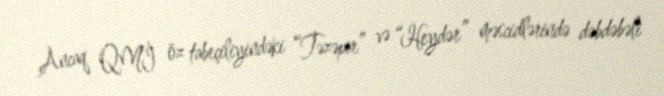
Ancaq QMİ öz tabeçiliyindəki “Təzəpir” və “Heydər” məscidlərində dəbdəbəli